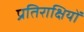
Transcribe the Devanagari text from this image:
प्रतिराक्षियों